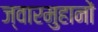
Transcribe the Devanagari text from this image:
ज्वारमुहानों